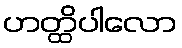
ဟတ္ထိပါလော